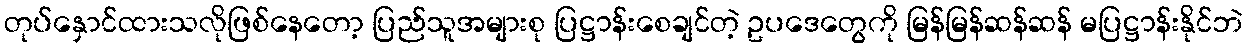
တုပ်နှောင်ထားသလိုဖြစ်နေတော့ ပြည်သူအများစု ပြဋ္ဌာန်းစေချင်တဲ့ ဥပဒေတွေကို မြန်မြန်ဆန်ဆန် မပြဋ္ဌာန်းနိုင်ဘဲ